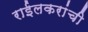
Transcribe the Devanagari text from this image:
राईलकरांची